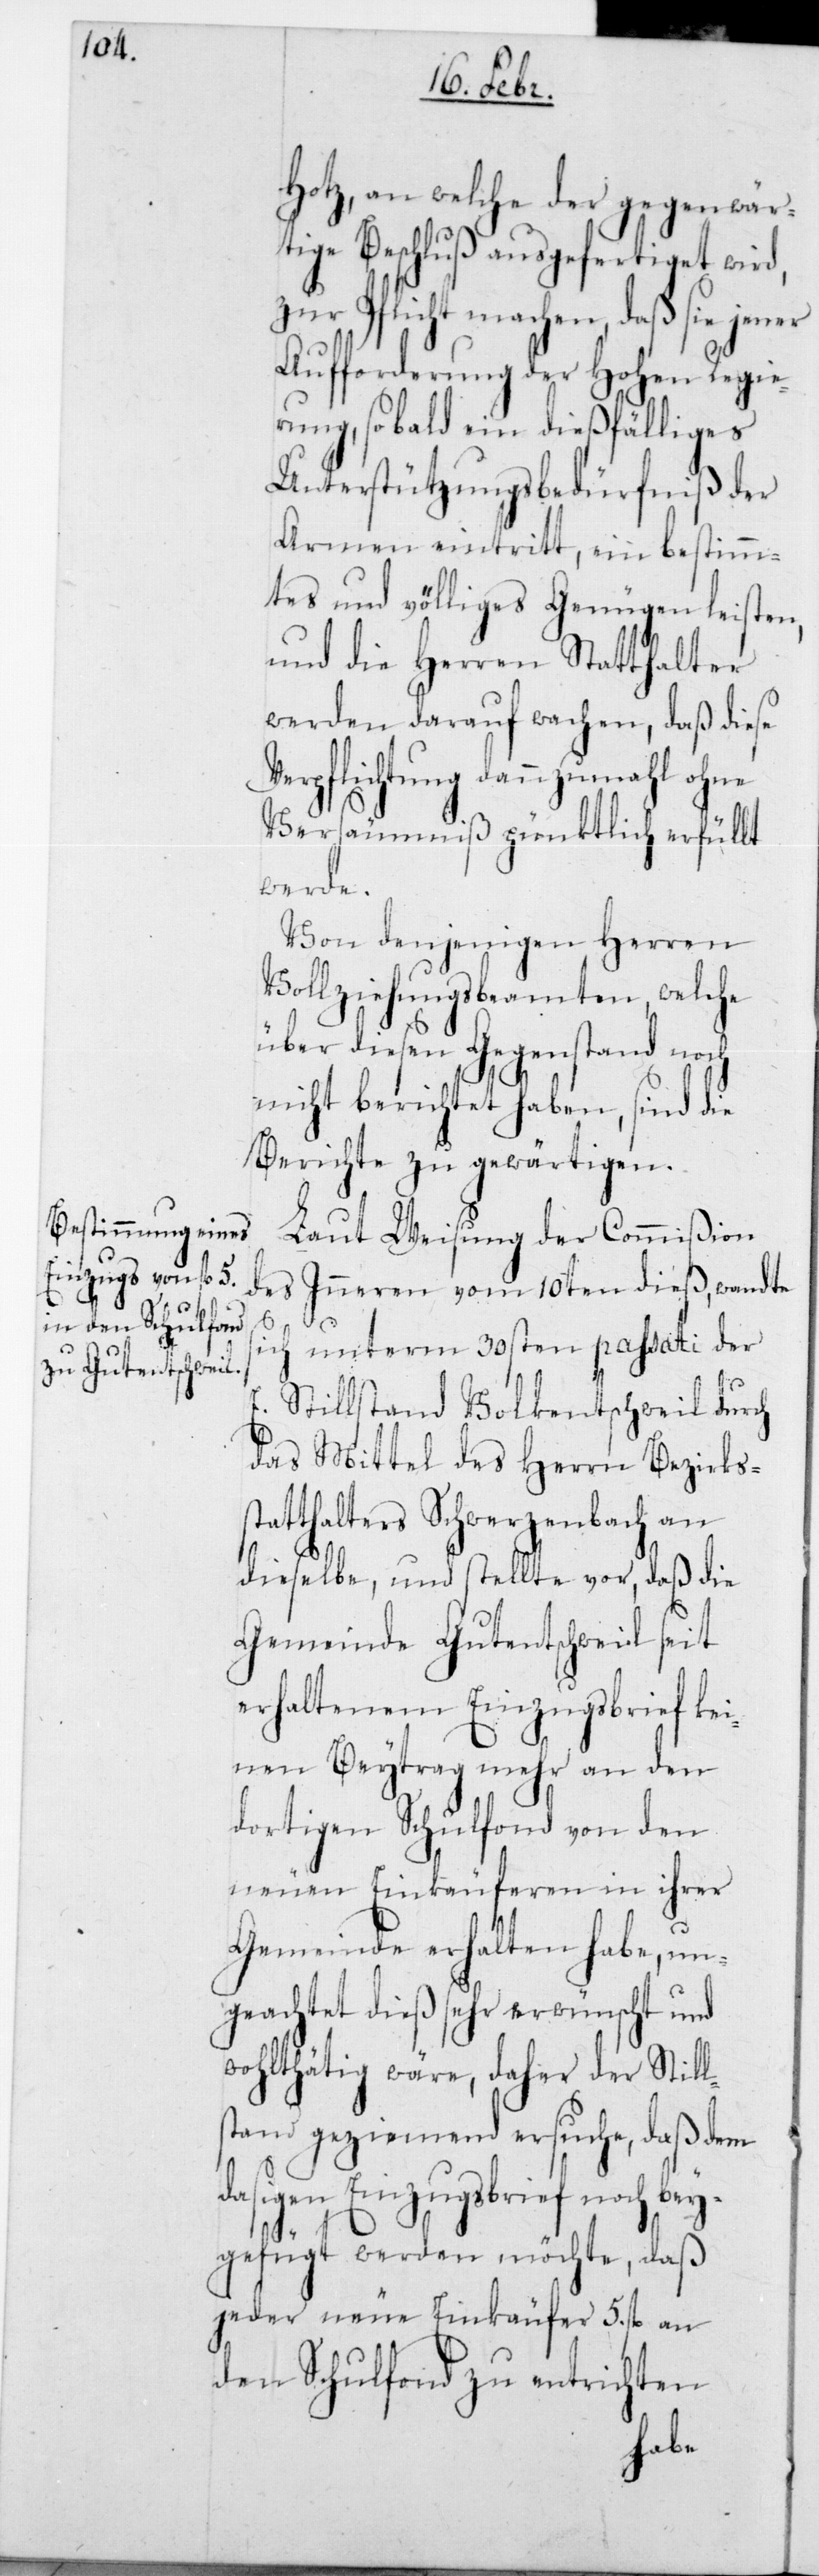
Hotz, an welche der gegenwär¬
tige Beschluß ausgefertiget wird,
zur Pflicht machen, daß sie jener
Aufforderung der Hohen Regie¬
rung, sobald ein dießfälliges
Unterstützungsbedürfniß der
Armen eintritt, ein bestimm¬
tes und völliges Genügen leisten,
und die Herren Statthalter
werden darauf wachen, daß diese
Verpflichtung dannzumahl ohne
Versäumniß pünktlich erfüllt
werde.
Von denjenigen Herren
Vollziehungsbeamten, welche
über diesen Gegenstand noch
nicht berichtet haben, sind die
Berichte zu gewärtigen.
Laut Weisung der Commißion
des Innern vom 10ten dieß, wandte
sich unterm 30sten passati der
E. Stillstand Volkentschweil durch
das Mittel des Herrn Bezirks¬
statthalters Schwerzenbach an
dieselbe, und stellte vor, daß die
Gemeinde Gutentschweil seit
erhaltenem Einzugsbrief kei¬
nen Beytrag mehr an den
dortigen Schulfond von den
neuen Einkäuferen in ihrer
Gemeinde erhalten habe, un¬
geachtet dieß sehr erwünscht und
wohlthätig wäre, daher der Still¬
tand geziemend ersuche, daß dem
dasigen Einzugsbrief noch bey¬
s¬
gefügt werden möchte, daß
jeder neue Einkäufer 5 fl. an
den Schulfond zu entrichten